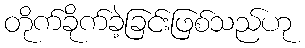
တိုက်ခိုက်ခဲ့ခြင်းဖြစ်သည်ဟု